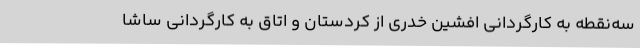
سه‌نقطه به کارگردانی افشین خدری از کردستان و اتاق به کارگردانی ساشا